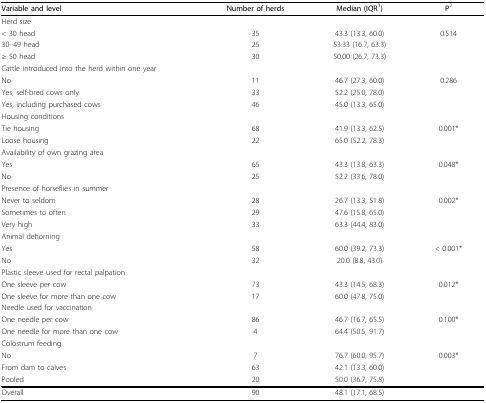
<table><thead><tr><td><b>Variable and level</b></td><td><b>Number of herds</b></td><td><b>Median (IQR<sup>1</sup>)</b></td><td><b>P<sup>2</sup></b></td></tr></thead><tbody><tr><td>Herd size</td><td></td><td></td><td></td></tr><tr><td>&lt; 30 head</td><td>35</td><td>43.3 (13.3, 60.0)</td><td>0.514</td></tr><tr><td>30--49 head</td><td>25</td><td>53.33 (16.7, 63.3)</td><td></td></tr><tr><td>≥ 50 head</td><td>30</td><td>50.00 (26.7, 73.3)</td><td></td></tr><tr><td>Cattle introduced into the herd within one year</td><td></td><td></td><td></td></tr><tr><td>No</td><td>11</td><td>46.7 (27.3, 60.0)</td><td>0.286</td></tr><tr><td>Yes, self-bred cows only</td><td>33</td><td>52.2 (25.0, 78.0)</td><td></td></tr><tr><td>Yes, including purchased cows</td><td>46</td><td>45.0 (13.3, 65.0)</td><td></td></tr><tr><td>Housing conditions</td><td></td><td></td><td></td></tr><tr><td>Tie housing</td><td>68</td><td>41.9 (13.3, 62.5)</td><td>0.001*</td></tr><tr><td>Loose housing</td><td>22</td><td>65.0 (52.2, 78.3)</td><td></td></tr><tr><td>Availability of own grazing area</td><td></td><td></td><td></td></tr><tr><td>Yes</td><td>65</td><td>43.3 (13.8, 63.3)</td><td>0.048*</td></tr><tr><td>No</td><td>25</td><td>52.2 (33.6, 78.0)</td><td></td></tr><tr><td>Presence of horseflies in summer</td><td></td><td></td><td></td></tr><tr><td>Never to seldom</td><td>28</td><td>26.7 (13.3, 51.8)</td><td>0.002*</td></tr><tr><td>Sometimes to often</td><td>29</td><td>47.6 (15.8, 65.0)</td><td></td></tr><tr><td>Very high</td><td>33</td><td>63.3 (44.4, 83.0)</td><td></td></tr><tr><td>Animal dehorning</td><td></td><td></td><td></td></tr><tr><td>Yes</td><td>58</td><td>60.0 (39.2, 73.3)</td><td>&lt; 0.001*</td></tr><tr><td>No</td><td>32</td><td>20.0 (8.8, 43.0)</td><td></td></tr><tr><td>Plastic sleeve used for rectal palpation</td><td></td><td></td><td></td></tr><tr><td>One sleeve per cow</td><td>73</td><td>43.3 (14.5, 68.3)</td><td>0.012*</td></tr><tr><td>One sleeve for more than one cow</td><td>17</td><td>60.0 (47.8, 75.0)</td><td></td></tr><tr><td>Needle used for vaccination</td><td></td><td></td><td></td></tr><tr><td>One needle per cow</td><td>86</td><td>46.7 (16.7, 65.5)</td><td>0.100*</td></tr><tr><td>One needle for more than one cow</td><td>4</td><td>64.4 (50.5, 91.7)</td><td></td></tr><tr><td>Colostrum feeding</td><td></td><td></td><td></td></tr><tr><td>No</td><td>7</td><td>76.7 (60.0, 95.7)</td><td>0.003*</td></tr><tr><td>From dam to calves</td><td>63</td><td>42.1 (13.3, 60.0)</td><td></td></tr><tr><td>Pooled</td><td>20</td><td>50.0 (36.7, 75.8)</td><td></td></tr><tr><td>Overall</td><td>90</td><td>48.1 (17.1, 68.5)</td><td></td></tr></tbody></table>